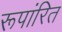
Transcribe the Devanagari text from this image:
रूपांरित